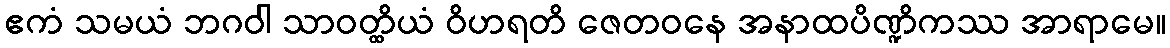
ဧကံ သမယံ ဘဂဝါ သာဝတ္ထိယံ ဝိဟရတိ ဇေတဝနေ အနာထပိဏ္ဍိကဿ အာရာမေ။